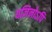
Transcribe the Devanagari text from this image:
यज्ञिनोऽपि